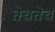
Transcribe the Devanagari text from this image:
तेचतेच